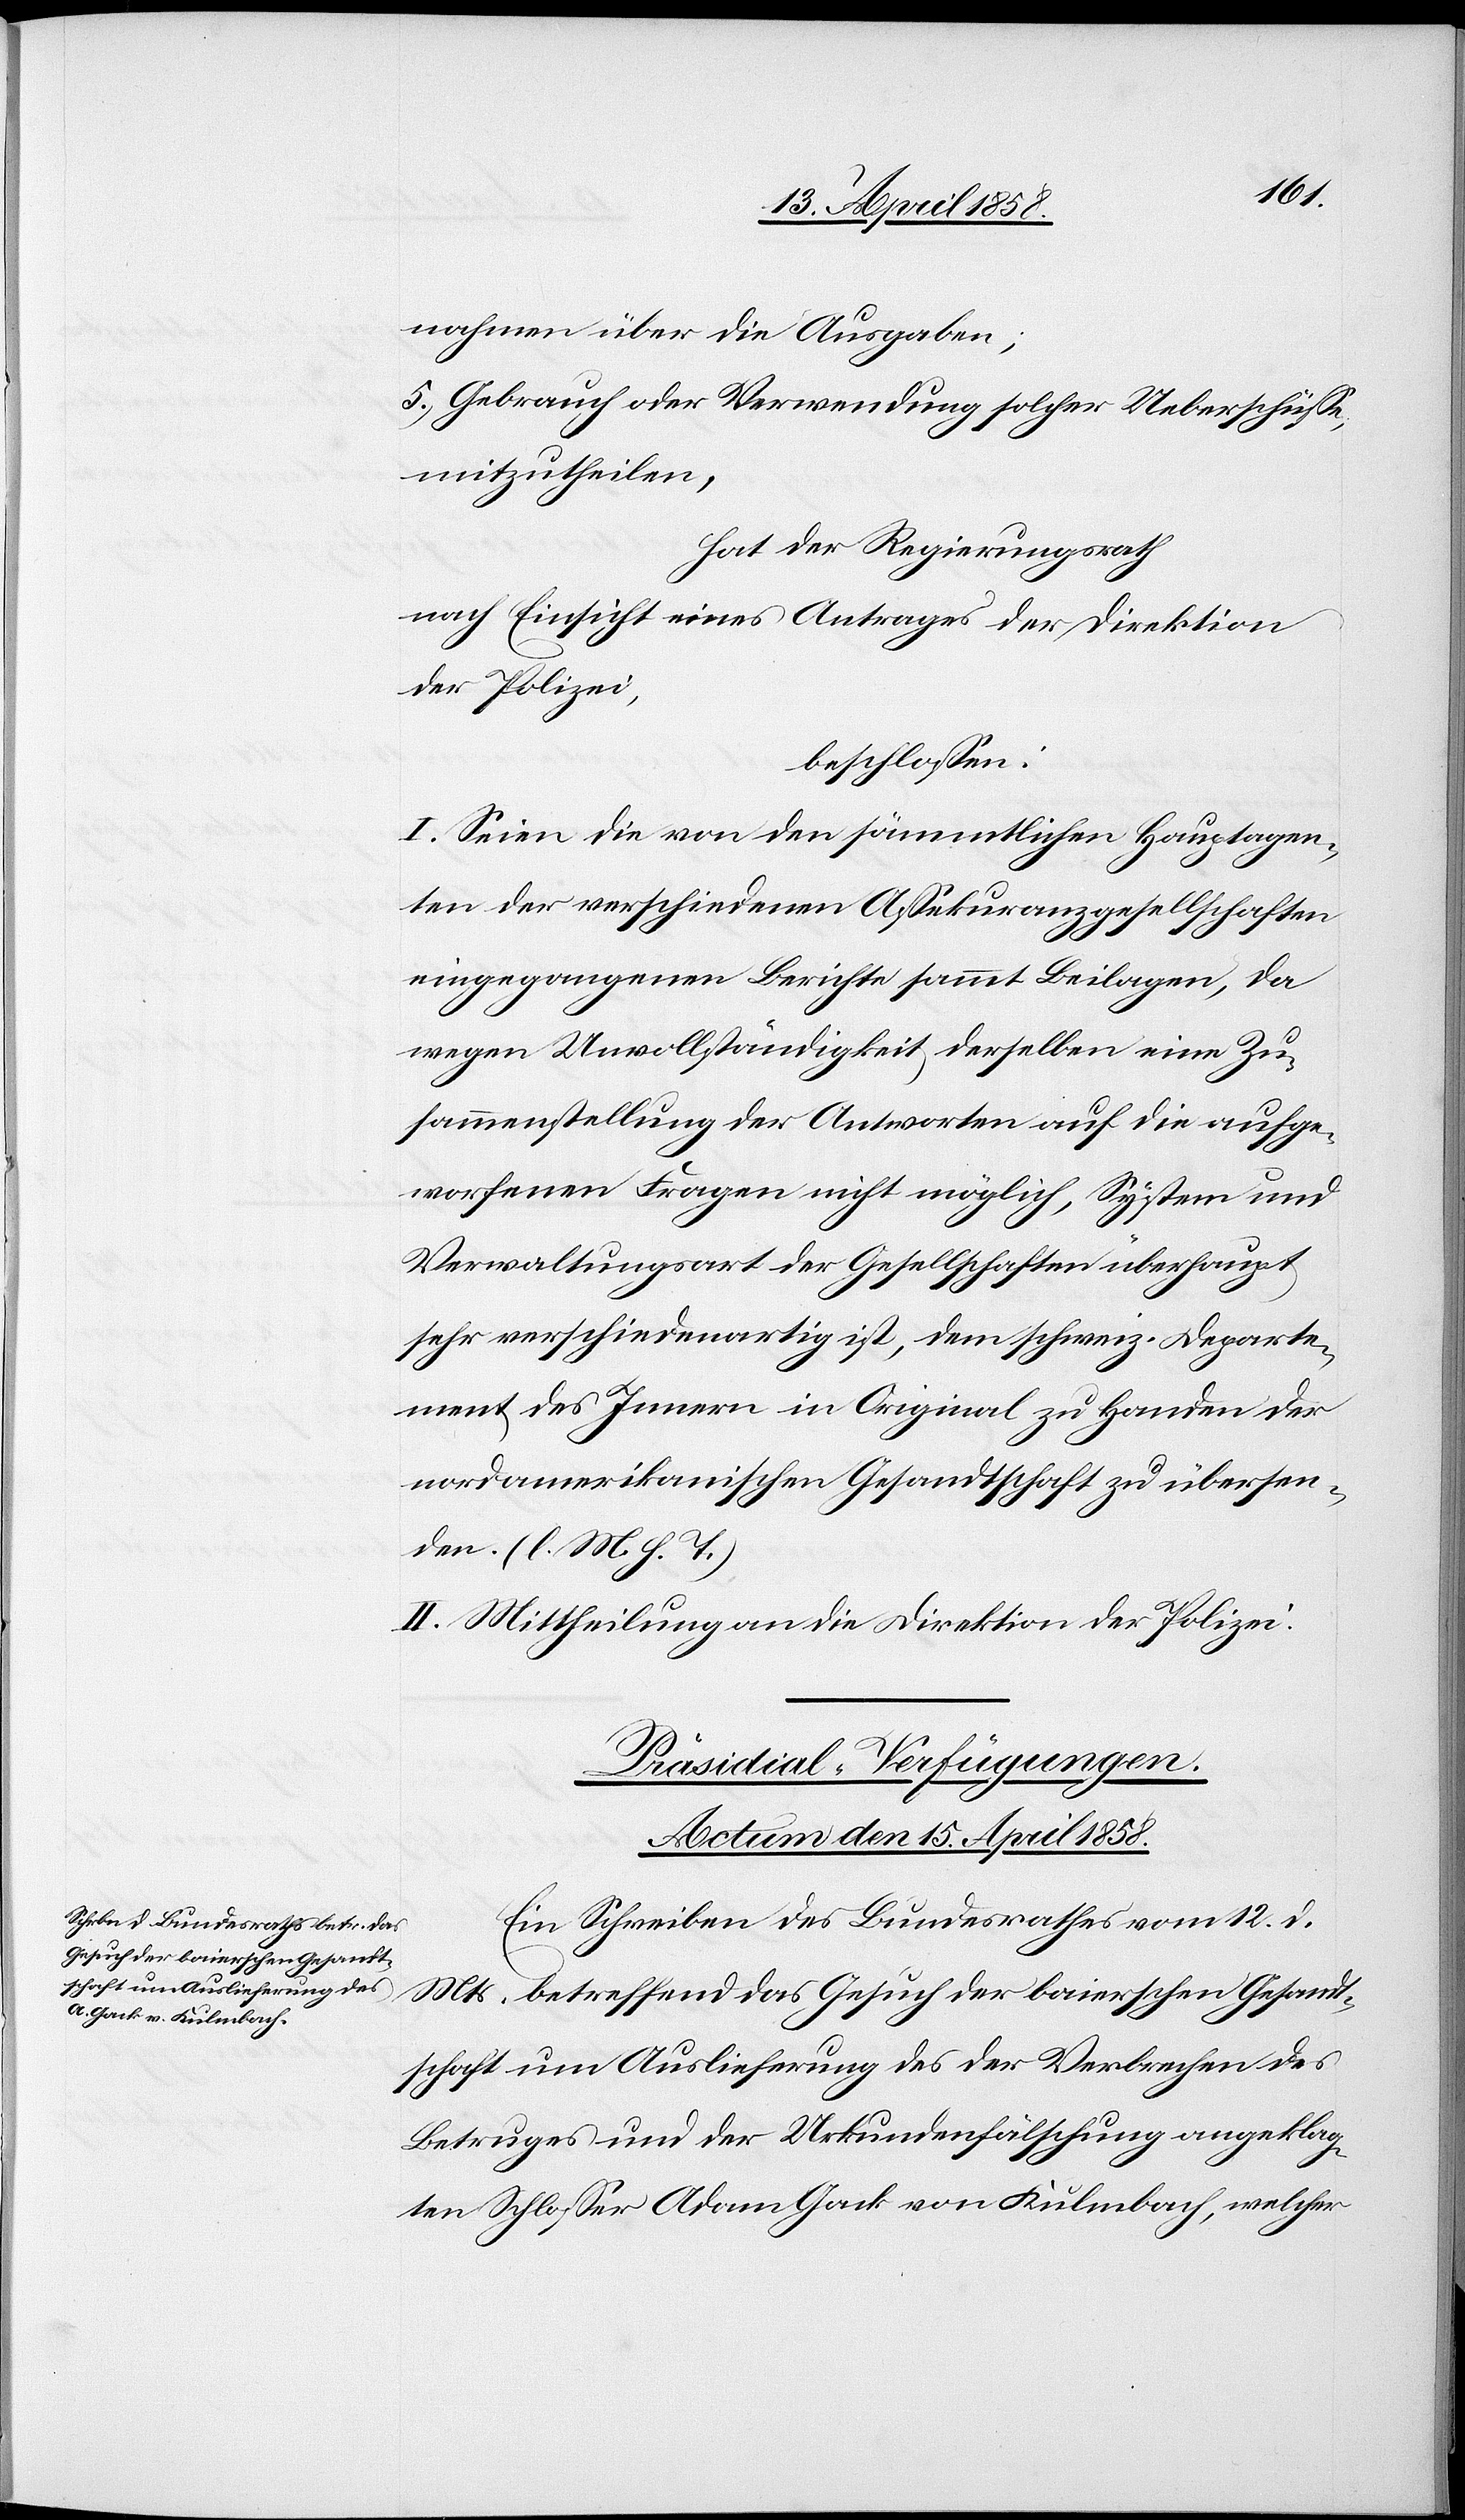
nahmen über die Ausgaben;
5.) Gebrauch oder Verwendung solcher Ueberschüsse,
mitzutheilen,
hat der Regierungsrath
nach Einsicht eines Antrages der Direktion
der Polizei,
beschlossen:
I. Seien die von den sämmtlichen Hauptagen¬
ten der verschiedenen Assekuranzgesellschaften
eingegangenen Berichte sammt Beilagen, da
wegen Unvollständigkeit derselben eine Zu¬
sammenstellung der Antworten auf die aufge¬
worfenen Fragen nicht möglich, System und
Verwaltungsart der Gesellschaften überhaupt
sehr verschiedenartig ist, dem schweiz. Departe¬
ment des Innern in Original zu Handen der
nordamerikanischen Gesandtschaft zu übersen¬
den. (l. M. h. T.)
II. Mittheilung an die Direktion der Polizei.
Präsidial-Verfügungen.
Actum den 15. April 1858.
Ein Schreiben des Bundesrathes vom 12. d.
Mts. betreffend das Gesuch der baierschen Gesandt¬
schaft um Auslieferung des der Verbrechen des
Betruges und der Urkundenfälschung angeklag¬
ten Schloßer Adam Gack von Kulmbach, welcher